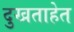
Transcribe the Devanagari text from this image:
दुखताहेत